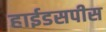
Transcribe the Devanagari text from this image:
हाईडसपीस